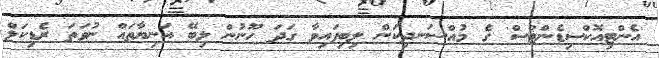
'އެންޓިއޮކްސިޑެންޓްސް' ގެ މުއްސަނދިކަން ލިބިފައިވާ ގަދަ ހޫނުން ލިބޭ އަނިޔާތައް ނުވަތަ ރެޑިކަލް